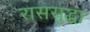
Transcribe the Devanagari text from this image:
राससुद्धा